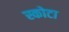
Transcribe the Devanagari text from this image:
स्कोटा